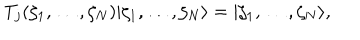
LaTeX: T _ { j } ( \zeta _ { 1 } , \ldots , \zeta _ { N } ) | \zeta _ { 1 } , \ldots , \zeta _ { N } \rangle = | \zeta _ { 1 } , \ldots , \zeta _ { N } \rangle ,